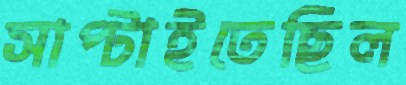
সাপ্‌টাইতেছিল